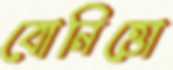
বোনিত্তো